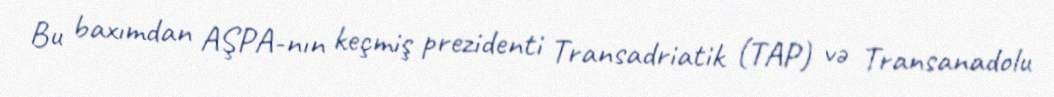
Bu baxımdan AŞPA-nın keçmiş prezidenti Transadriatik (TAP) və Transanadolu